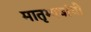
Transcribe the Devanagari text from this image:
मातृभाषांची